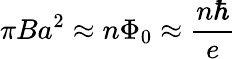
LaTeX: \pi Ba^{2}\approx n\Phi_{0}\approx\frac{n\hbar}{e}